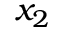
x _ { 2 }